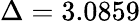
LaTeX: \Delta=3.0859